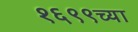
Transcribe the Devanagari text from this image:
१६९९च्या